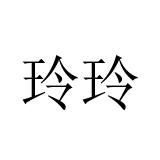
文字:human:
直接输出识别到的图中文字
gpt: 玲玲